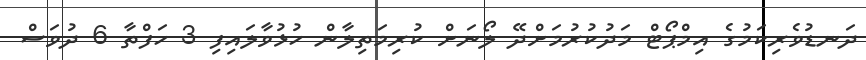
ދަނޑުވެރިކަމުގެ އިމްޕޯޓް މަދުކުރުމަށްދޭ ލޯނަށް ކުރިމަތިލާން ހުޅުވާލައިފި 3 ހަފްތާ 6 ދުވަސް